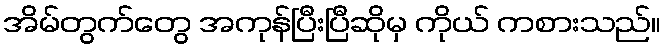
အိမ်တွက်တွေ အကုန်ပြီးပြီဆိုမှ ကိုယ် ကစားသည်။